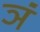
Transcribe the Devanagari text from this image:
ञं